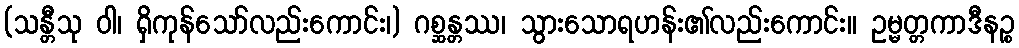
(သန္တီသု ဝါ၊ ရှိကုန်သော်လည်းကောင်း၊) ဂစ္ဆန္တဿ၊ သွားသောရဟန်း၏လည်းကောင်း။ ဥမ္မတ္တကာဒီနဉ္စ